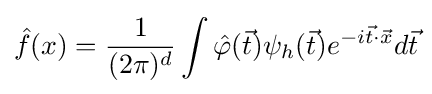
{\hat {f}}(x)={\frac {1}{(2\pi )^{d}}}\int {\hat {\varphi }}({\vec {t}})\psi _{h}({\vec {t}})e^{-i{\vec {t}}\cdot {\vec {x}}}d{\vec {t}}